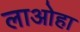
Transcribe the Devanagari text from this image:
लाओहा